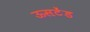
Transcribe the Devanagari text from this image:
ऊसटेंड